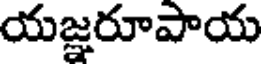
యజ్ఞరూపాయ